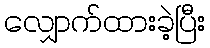
လျှောက်ထားခဲ့ပြီး